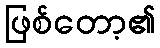
ဖြစ်တော့၏